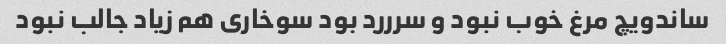
ساندویچ مرغ خوب نبود و سرررد بود سوخاری هم زیاد جالب نبود